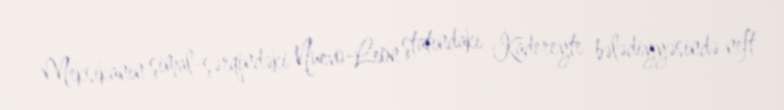
Meksikanın şimal-şərqindəki Nuevo-Leon ştatındakı Kadereyte bələdiyyəsində neft